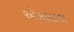
એકસાથ